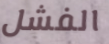
الفشل